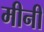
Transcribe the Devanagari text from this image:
मीनी